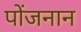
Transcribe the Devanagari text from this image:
पोंजनान